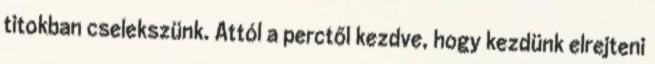
titokban cselekszünk. Attól a perctől kezdve, hogy kezdünk elrejteni